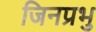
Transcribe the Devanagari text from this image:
जिनप्रभु